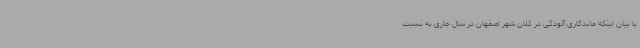
با بیان اینکه ماندگاری آلودگی در کلان شهر اصفهان در سال جاری به نسبت